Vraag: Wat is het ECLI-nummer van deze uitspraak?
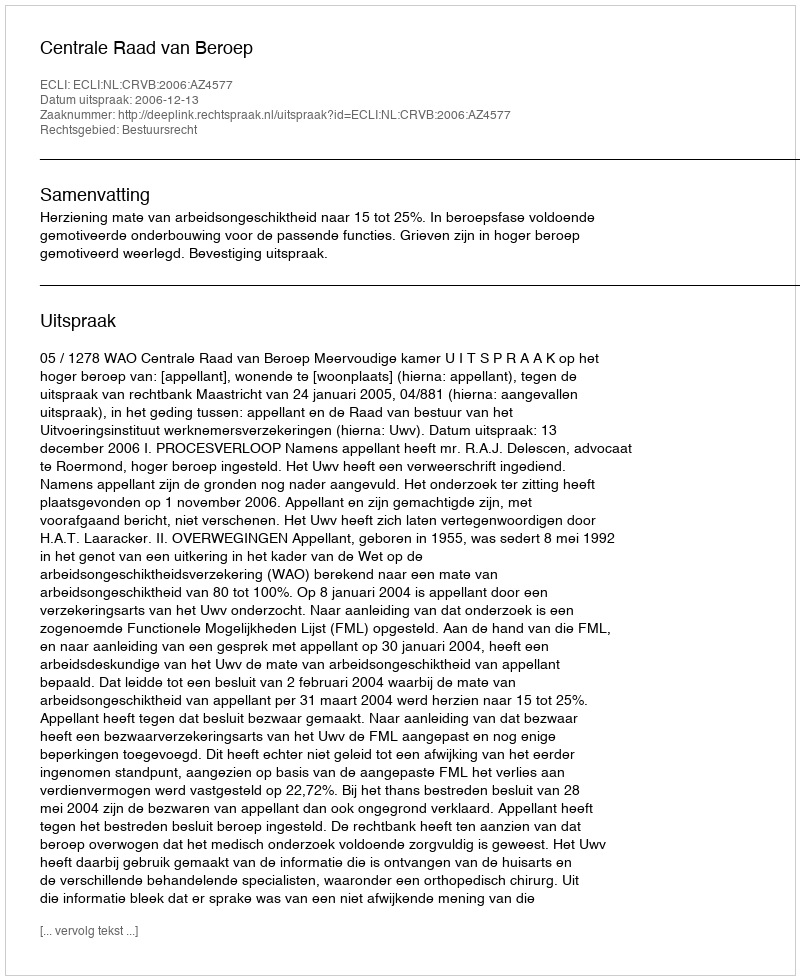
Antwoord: ECLI:NL:CRVB:2006:AZ4577